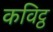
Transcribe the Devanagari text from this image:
कविट्ठ